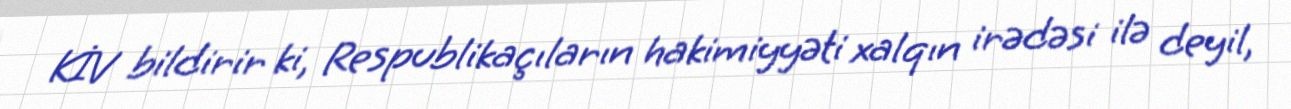
KİV bildirir ki, Respublikaçıların hakimiyyəti xalqın irədəsi ilə deyil,